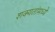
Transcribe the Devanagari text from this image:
शक्यतांमध्ये